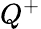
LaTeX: Q^{+}